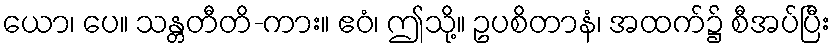
ယော၊ ပေ။ သန္တတီတိ-ကား။ ဧဝံ၊ ဤသို့။ ဥပစိတာနံ၊ အထက်၌ စီအပ်ပြီး